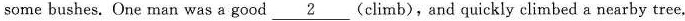
some bushes. One man was a good 2 (climb),and quickly climbed a nearby tree.